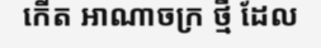
កើត អាណាចក្រ ថ្មី ដែល